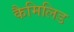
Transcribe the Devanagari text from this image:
कैमिलिड